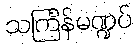
သင်္ကြန်မဏ္ဍပ်